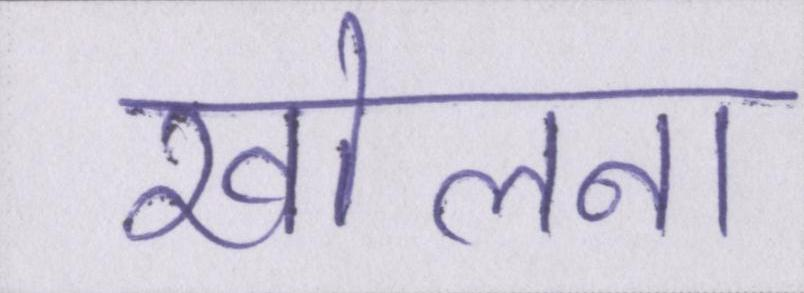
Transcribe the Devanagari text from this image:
खोलना